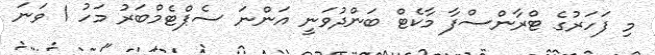
މި ފަހަރުގެ ޓްރާންސްފާ މާކެޓް ބަންދުވަނީ އަންނަ ސެޕްޓެމްބަރު މަހު 1 ވަނަ